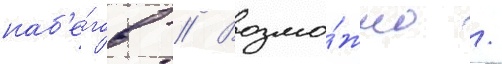
наб'е́гов // Возмо́жно /